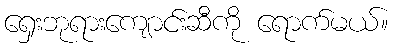
ရှေးဘုရားကျောင်းဆီကို ရောက်မယ်။